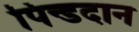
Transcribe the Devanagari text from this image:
पिन्डदान